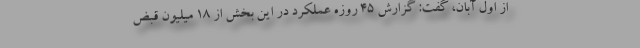
از اول آبان، گفت: گزارش ۴۵ روزه عملکرد در این بخش از ۱۸ میلیون قبض